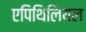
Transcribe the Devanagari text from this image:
एपिथिलियल